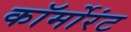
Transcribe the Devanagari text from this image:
कॉर्मोरंट